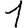
Digit: 1